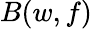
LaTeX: B(w,f)